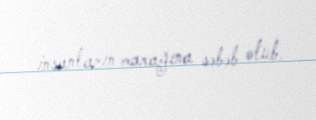
insanların marağına səbəb olub.